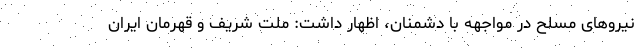
نیروهای مسلح در مواجهه با دشمنان، اظهار داشت: ملت شریف و قهرمان ایران